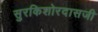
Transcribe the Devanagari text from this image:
सुरकिशोरदासजी